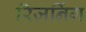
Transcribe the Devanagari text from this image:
रिज़निंग